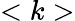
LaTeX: <k>